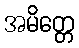
အမိတ္တေ